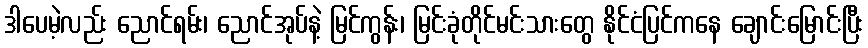
ဒါပေမဲ့လည်း ညောင်ရမ်း၊ ညောင်အုပ်နဲ့ မြင်ကွန်း၊ မြင်းခုံတိုင်မင်းသားတွေ နိုင်ငံပြင်ကနေ ချောင်းမြောင်းပြီး